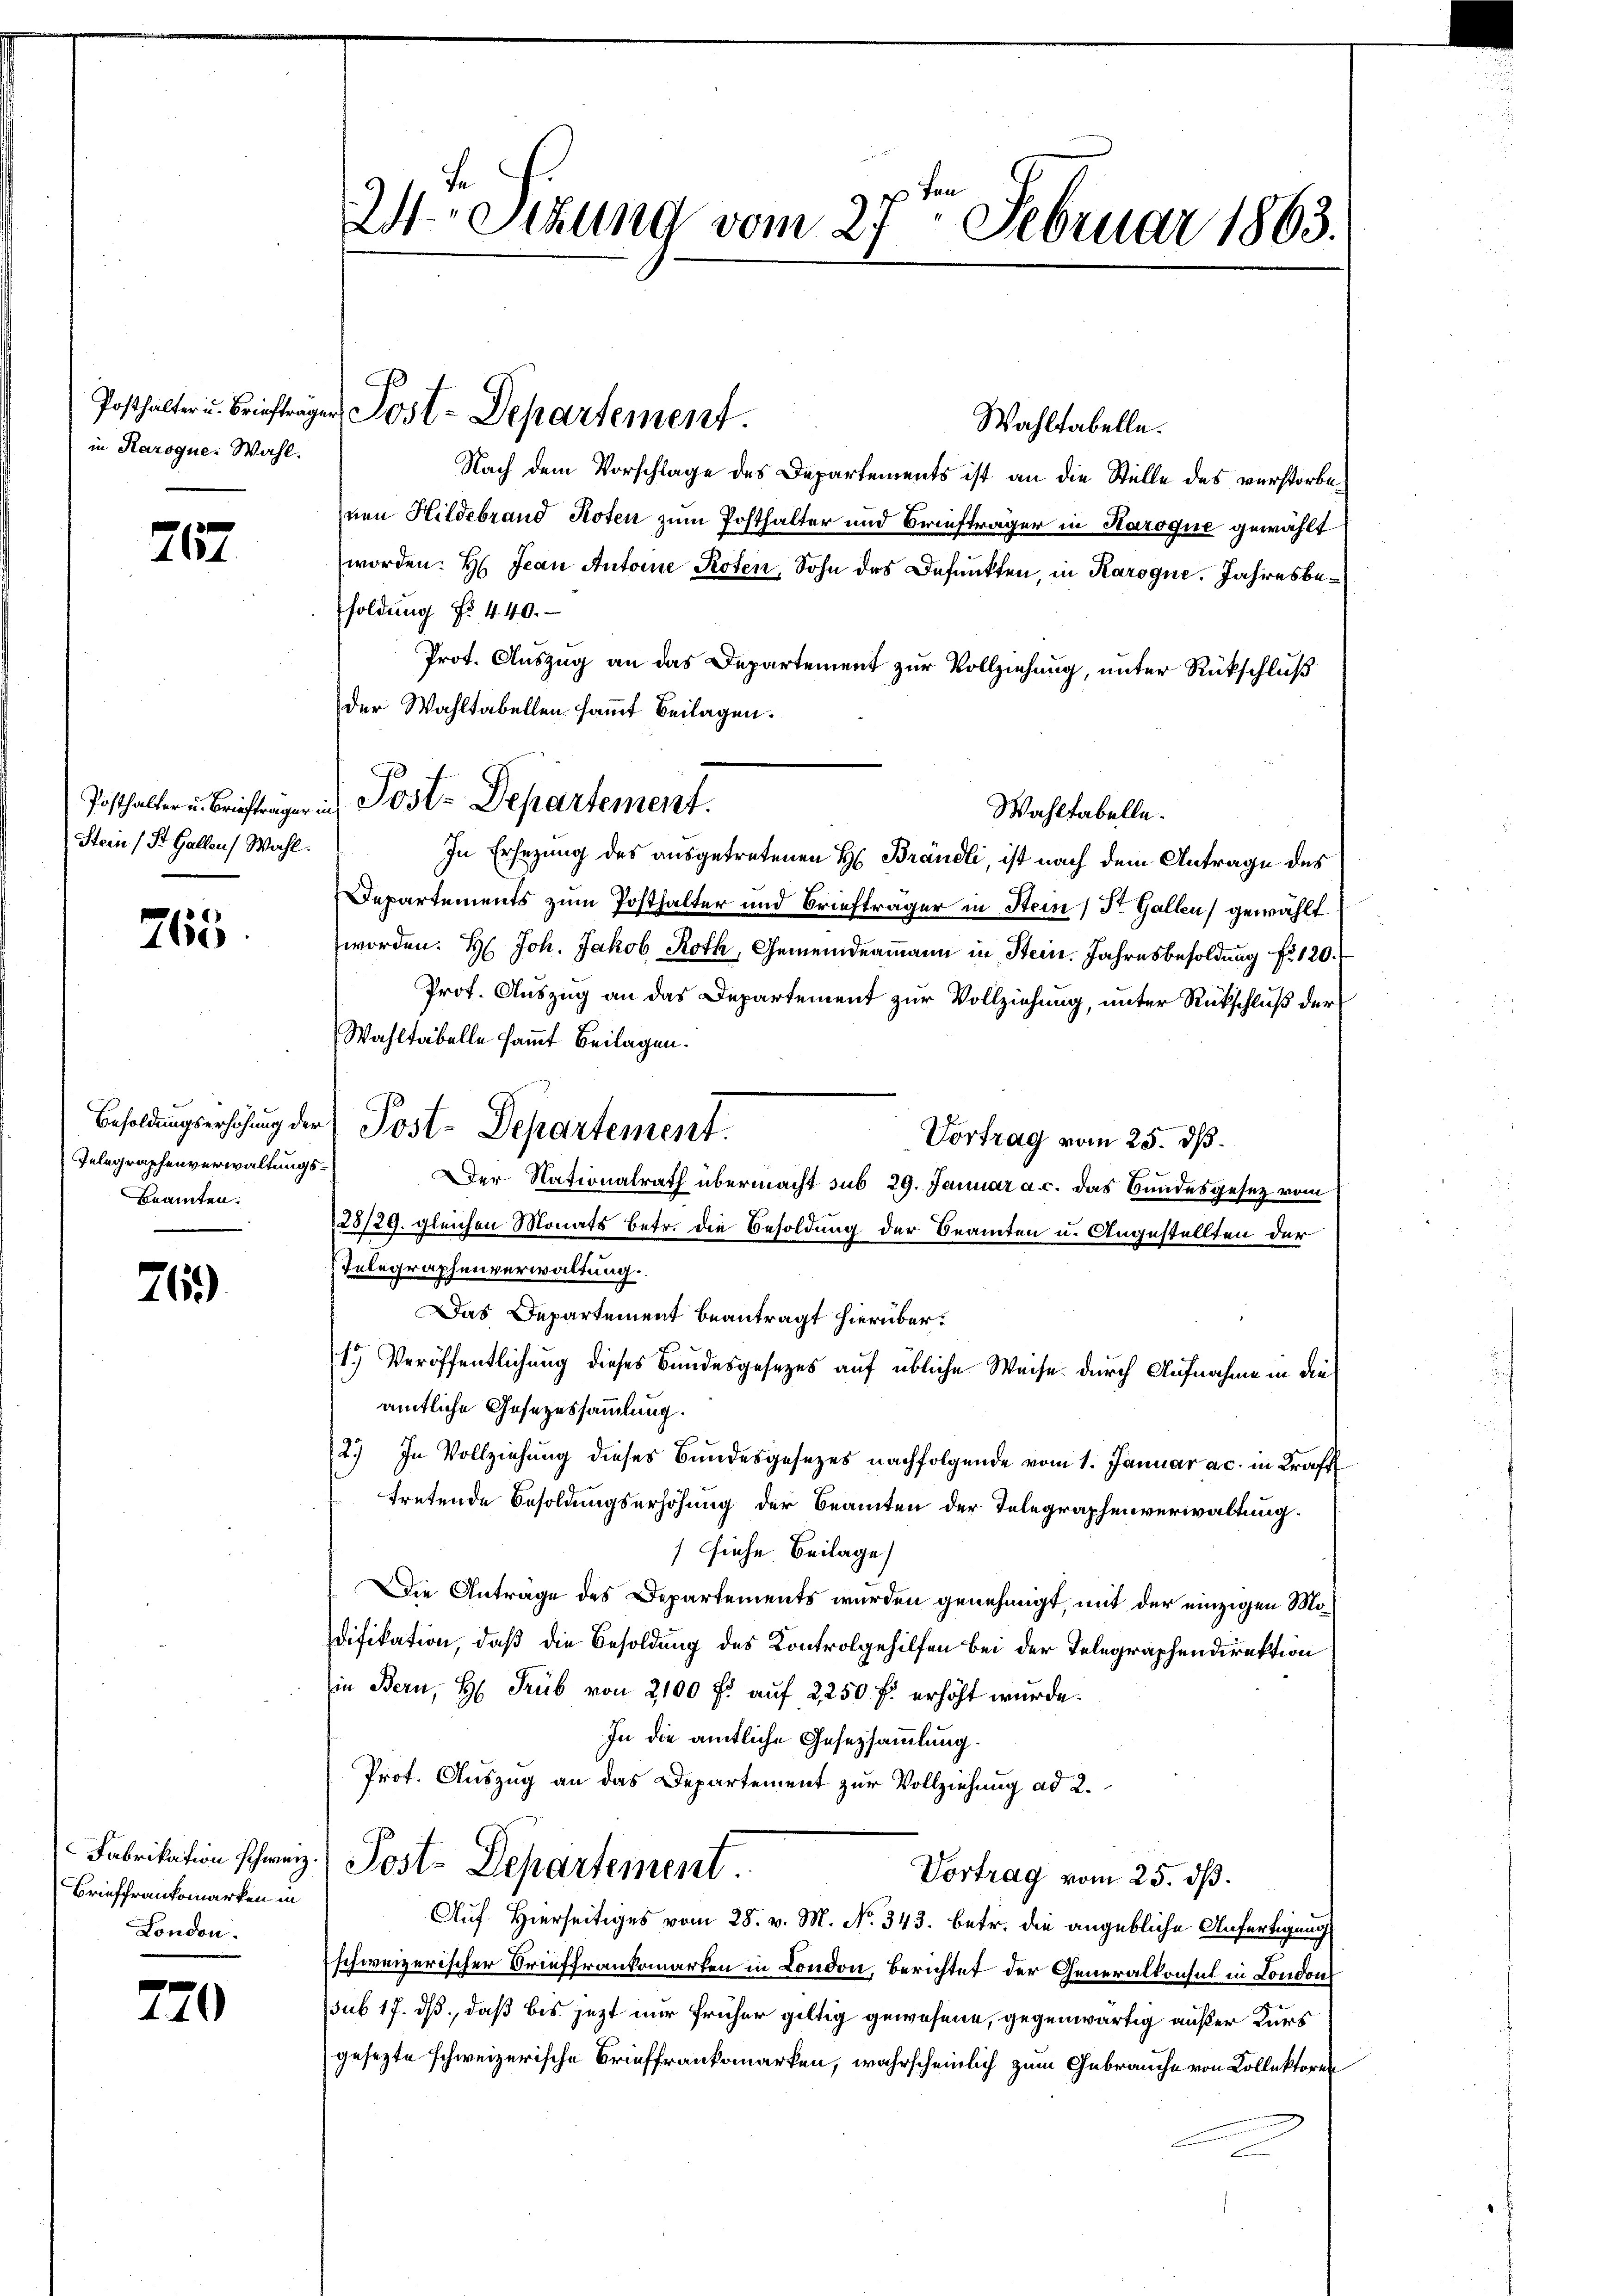
in Karoque. Wahl.

767

Posthalter u. Briefträger in
Stein (St. Gallen Wahl.

765

Besoldungserhöhung der
Telegraphenverwaltungs¬
Beamten.

763)

Fabrikation schweiz.
Brieffrankomarken in
London.

720

ten
Sizung vom 27. Februar 1863.

Wahltabelle.
Nach dem Vorschlage des Departements ist an die Stelle des verstorbenen Hildebrand Roten zum Posthalter und Briefträger in Karoque gewählt
worden: Hr. Jean Antoine Roten, Sohn des Befunkten, in Karoque. Jahresbesoldung No 440.
Prot. Auszug an das Departement zur Vollziehung, unter Rückschluß
der Wahltabellen sammt Beilagen.
Wahltabelle.
In Ersezung des ausgetretenen H. Brandli, ist nach dem Antrage des
Departements zum Posthalter und Briefträger in Stein St. Gallen gewählt.
worden: H: Joh. Jakob Roth, Gemeindermann in Stein. Jahresbesoldung fr. 120.
Prot. Auszug an das Departement zur Vollziehung, unter Rückschluß der
Wahltabelle sammt Beilagen.
Vortrag vom 25. dß.
Der Nationalrath übermacht sub 29. Januar a. c. das Bundesgesez vom
128/29. gleichen Monats betr. die Besoldung der Beamten u. Angestellten der
Inbegraphenverwaltung.
Das Departement beantragt hierüber.
1.) Veröffentlichung dieses Bundesgesezes auf übliche Weise durch Aufnahme in dies
ämtliche Gesezessammlung.
2.) In Vollziehung dieses Bundesgesezes nachfolgende vom 1. Januar ac. in Kraft
tretende Besoldungserhöhung der Beamten der Telegraphenverwaltung.
siehe. Beilage
Die Antrage des Departements wurden genehmigt, mit der einzigen Modifikation, daß die Besoldung des Kontrolgehilfen bei der Telegraphendirektion
in Bern, H. Trüb von 2100 f: auf 2250 f: erhöht wurde.
In die amtliche Gesetzsammlung.
Prot. Auszug an das Departement zur Vollziehung ad 2.
Post. Departement.
Vortrag vom 25. dß.
Auf Hierseitiges vom 28. v. M. No. 343. betr. die angebliche Anfertigung
schweizerischer Brieffrankomarten in London, Berichtet der Generalkonsul in London
sub 17. ds., daß bis jetzt nur früher gültig gewesene, gegenwärtig außer Kurs
gesezte schweizerische Brieffrankommarken, wahrscheinlich zum Gebrauche von Collektoren

Posthalter u. Briefträger Post-Departement.

Post-Departement.

Post-Departement.